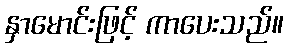
နှာမောင်းဖြင့် ကာပေးသည်။